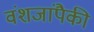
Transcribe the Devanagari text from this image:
वंशजांपैकी